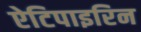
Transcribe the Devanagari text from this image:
ऐटिपाइरिन